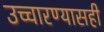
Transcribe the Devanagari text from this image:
उच्चारण्यासही